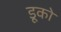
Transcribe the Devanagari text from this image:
डूको